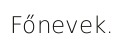
Főnevek.